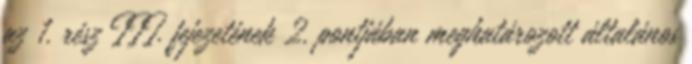
az 1. rész III. fejezetének 2. pontjában meghatározott általános